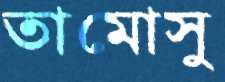
তামোসু